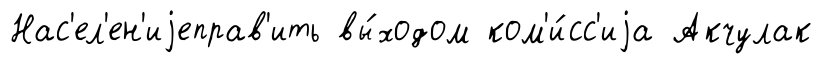
Нас'ел'ен'иjеправ'ить вы́ходом ком'и́сс'иjа Акчулак